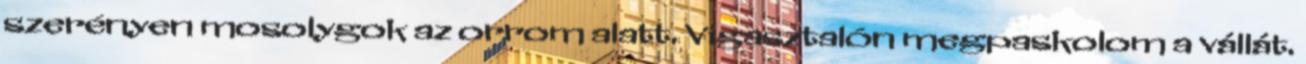
szerényen mosolygok az orrom alatt. Vigasztalón megpaskolom a vállát.